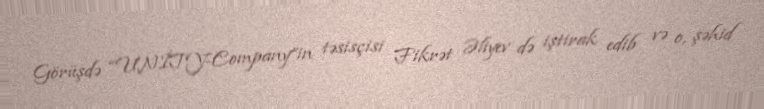
Görüşdə “UNİTY-Company”in təsisçisi Fikrət Əliyev də iştirak edib və o, şəhid